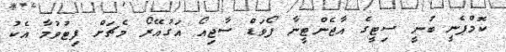
ކޮމްޕެނީ ބުނީ ސިޓީގެ އާޖެންޓީނާ ފޯވަޑް ސާޖިއޯ އަގުއޭރޯ މެޗަށް ފިޓުވުމާ އެކު